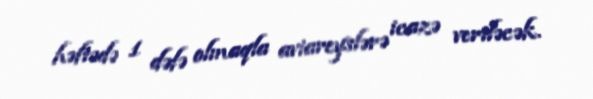
həftədə 1 dəfə olmaqla aviareyslərə icazə veriləcək.